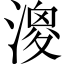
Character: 𣼺